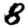
Digit: 8